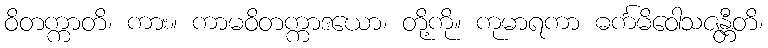
ဝိတက္ကာတိ၊ ကား။ ကာမဝိတက္ကာဒယော၊ တို့ကို။ ကုမာရကာ ဓင်္ကမိဝေါသဇန္တီတိ၊